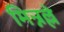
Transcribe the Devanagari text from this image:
मिन्नल्ले